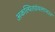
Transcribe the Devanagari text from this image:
अकल्पितग्रंथलाभ२४